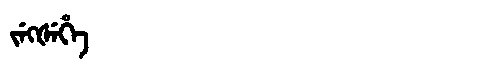
Manchu: ᠵᡝᡴᡧᡝᡥᡝ
Romanization: JEKŠEHE